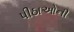
પીઠાઓની